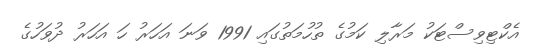
އެކްޓިވިސްޓަކު މަރާލި ކަމުގެ ތުހުމަތުގައި 1991 ވަނަ އަހަރު ހަ އަހަރު ދުވަހުގެ